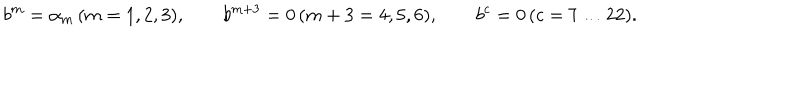
b ^ { m } = \alpha _ { m } \, ( m = 1 , 2 , 3 ) , \qquad b ^ { m + 3 } = 0 \, ( m + 3 = 4 , 5 , 6 ) , \qquad b ^ { c } = 0 \, ( c = 7 \dots 2 2 ) .